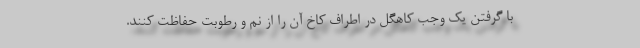
با گرفتن یک وجب کاهگل در اطراف کاخ آن را از نم و رطوبت حفاظت کنند.